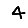
Digit: 4